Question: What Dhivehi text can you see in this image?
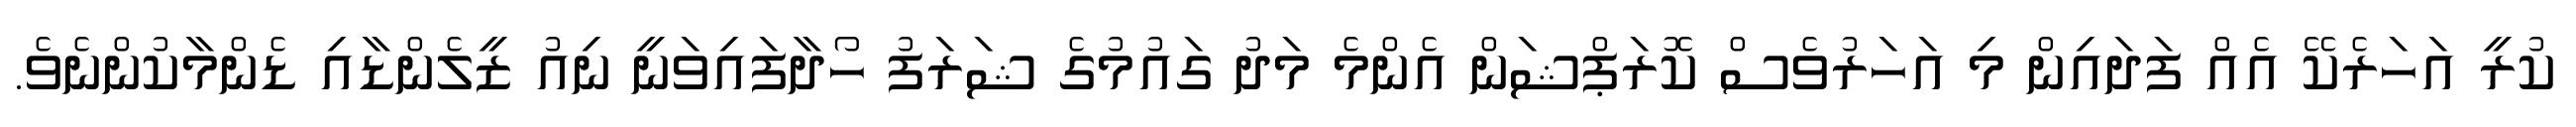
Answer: ކުރީ އަހަރެކޭ އެއް ފަދައިން މި އަހަރުވެސް ކޮރަޕްޝަން އެންމެ މަދު ގައުމުގެ ޝަރަފު ހޯދާފައިވަނީ ނިއު ޒީލެންޑާއި ޑެންމާކުންނެވެ.